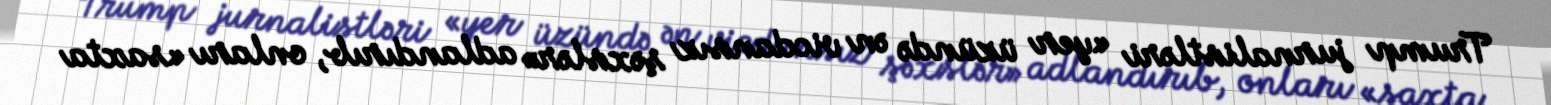
Trump jurnalistləri «yer üzündə ən vicdansız şəxslər» adlandırıb, onları «saxta